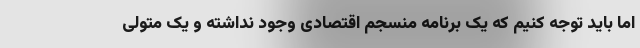
اما باید توجه کنیم که یک برنامه منسجم اقتصادی وجود نداشته و یک متولی